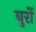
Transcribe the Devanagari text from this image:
बुर्रो